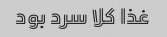
غذا کلا سرد بود